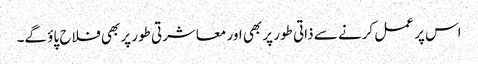
اس پر عمل کرنے سے ذاتی طور پر بھی اور معاشرتی طور پر بھی فلاح پاؤ گے۔